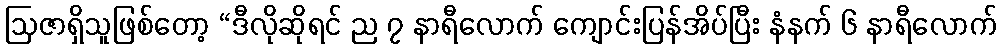
ဩဇာရှိသူဖြစ်တော့ “ဒီလိုဆိုရင် ည ၇ နာရီလောက် ကျောင်းပြန်အိပ်ပြီး နံနက် ၆ နာရီလောက်